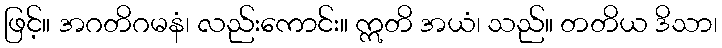
ဖြင့်။ အဂတိဂမနံ၊ လည်းကောင်း။ ဣတိ အယံ၊ သည်။ တတိယ ဒိသာ၊